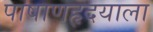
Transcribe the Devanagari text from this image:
पाषाणहृदयाला